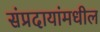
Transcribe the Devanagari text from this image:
संप्रदायांमधील